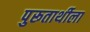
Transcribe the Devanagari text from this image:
पुरूतार्थीला